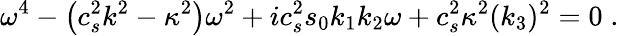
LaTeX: {\omega}^{4}-\left(c_{s}^{2}k^{2}-\kappa^{2}\right){\omega}^{2}+ic_{s}^{2}s_{0}k_{1}k_{2}{\omega}+c_{s}^{2}\kappa^{2}(k_{3})^{2}=0\; .